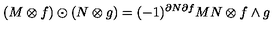
( M \otimes f ) \odot ( N \otimes g ) = ( - 1 ) ^ { \partial N \partial f } M N \otimes f \wedge g